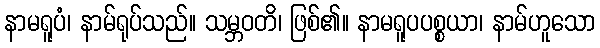
နာမရူပံ၊ နာမ်ရုပ်သည်။ သမ္ဘဝတိ၊ ဖြစ်၏။ နာမရူပပစ္စယာ၊ နာမ်ဟူသော